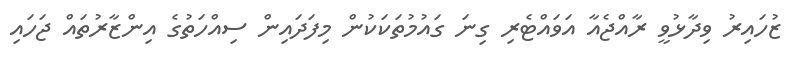
ޒުހައިރު ވިދާޅުވީ ރާއްޖެއާ އަވައްޓެރި ގިނަ ގައުމުތަކަކުން މިފަދައިން ސިއްހަތުގެ އިންޒާރުތައް ޖަހައި